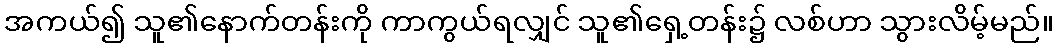
အကယ်၍ သူ၏နောက်တန်းကို ကာကွယ်ရလျှင် သူ၏ရှေ့တန်း၌ လစ်ဟာ သွားလိမ့်မည်။